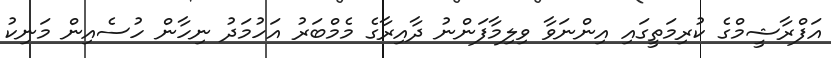
އަފްރާޝީމްގެ ކުރިމަތީގައި އިންނަވާ ވިލިމާފަންނު ދާއިރާގެ މެމްބަރު އަހުމަދު ނިހާން ހުސެއިން މަނިކު